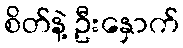
စိတ်နဲ့ ဦးနှောက်